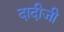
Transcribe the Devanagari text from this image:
दादीजी